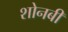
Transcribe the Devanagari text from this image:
शोनबी